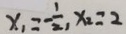
x _ { 1 } = - \frac { 1 } { 2 } , x _ { 2 } = 2